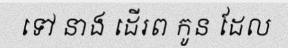
ទៅ នាង ដើរព កូន ដែល